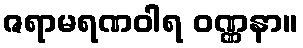
ဇရာမရဏဝါရ ဝဏ္ဏနာ။